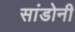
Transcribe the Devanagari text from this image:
सांडोनी